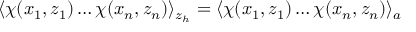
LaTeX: \langle \chi ( x _ { 1 } , z _ { 1 } ) \ldots \chi ( x _ { n } , z _ { n } ) \rangle _ { z _ { h } } = \langle \chi ( x _ { 1 } , z _ { 1 } ) \ldots \chi ( x _ { n } , z _ { n } ) \rangle _ { a }